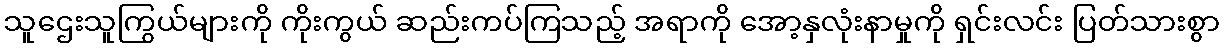
သူဌေးသူကြွယ်များကို ကိုးကွယ် ဆည်းကပ်ကြသည့် အရာကို အော့နှလုံးနာမှုကို ရှင်းလင်း ပြတ်သားစွာ